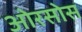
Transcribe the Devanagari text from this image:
ओरसोस